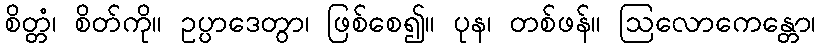
စိတ္တံ၊ စိတ်ကို။ ဥပ္ပာဒေတွာ၊ ဖြစ်စေ၍။ ပုန၊ တစ်ဖန်။ ဩလောကေန္တော၊